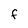
Character: f